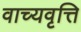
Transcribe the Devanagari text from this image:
वाच्यवृत्ति